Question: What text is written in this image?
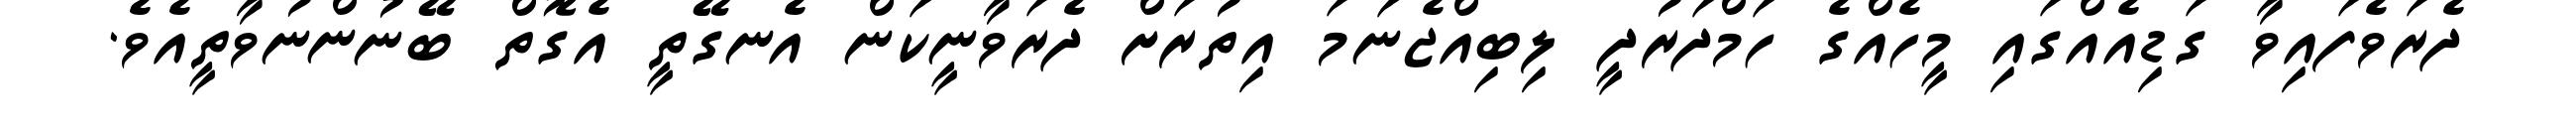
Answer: ދެރަވެފައިވާ ގަޑިއެއްގައި މީހެއްގެ ހަމްދަރުދީ ލިބިއްޖެނަމަ އިތުރަށް ދެރަވާނީކަން އެނގޭތީ އެގޮތް ބޭނުންނުވާތީއެވެ.